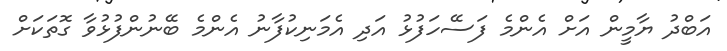
އަބްދު ޔާމީން އަށް އެންމެ ފަސޭހަފުޅު އަދި އެމަނިކުފާނު އެންމެ ބޭނުންފުޅުވާ ގޮތަކަށް